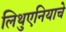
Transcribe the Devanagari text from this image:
लिथुएनियाचे